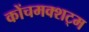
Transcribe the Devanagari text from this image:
कोंचमक्शट्म